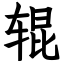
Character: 辊